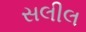
સલીલ